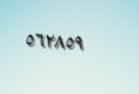
٥٦٢٨٥٩